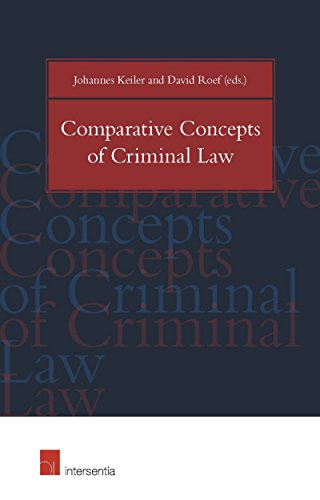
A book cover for Comparative Concepts of Criminal Law; Law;